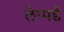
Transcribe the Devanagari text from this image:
लेप्पर्ड